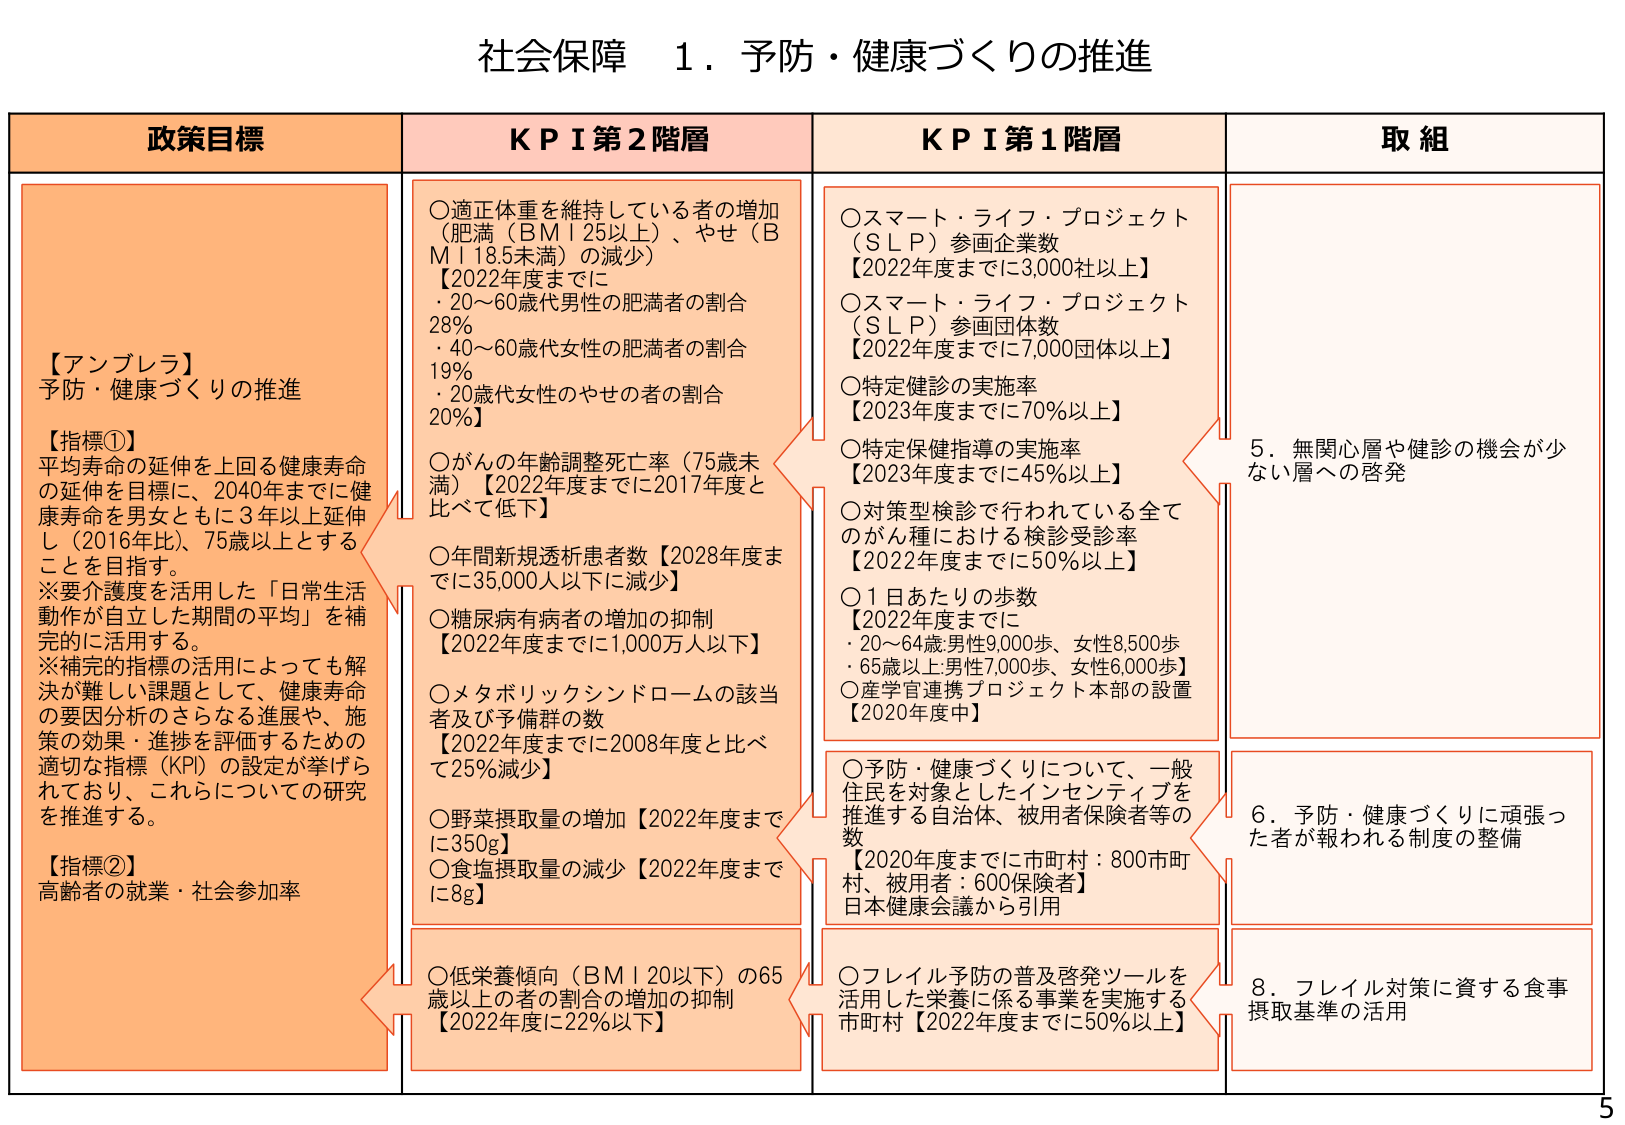
社会保障 1．予防・健康づくりの推進

政策目標
【アンブレラ】
予防・健康づくりの推進

【指標①】
平均寿命の延伸を上回る健康寿命の延伸を目標に、2040年までに健康寿命を男女ともに3年以上延伸し（2016年比）、75歳以上とする ことを目指す。
※要介護度を活用した「日常生活動作が自立した期間の平均」を補完的に活用する。
※補完的指標の活用によっても解決が難しい課題として、健康寿命の要因分析のさらなる進展や、施策の効果・進捗を評価するための適切な指標（KPI）の設定が挙げられており、これらについての研究を推進する。

【指標②】
高齢者の就業・社会参加率

KPI 第2階層
○適正体重を維持している者の増加（肥満（BMI 25以上）、やせ（BMI 18.5未満）の減少）
【2022年度までに
・20～60歳代男性の肥満者の割合 28％
・40～60歳代女性の肥満者の割合 19％
・20歳代女性のやせの者の割合 20％】

○がんの年齢調整死亡率（75歳未満）【2022年度までに2017年度と比べて低下】

○年間新規透析患者数【2028年度までに35,000人以下に減少】

○糖尿病有病者の増加の抑制【2022年度までに1,000万人以下】

○メタボリックシンドロームの該当者及び予備群の数【2022年度までに2008年度と比べて25％減少】

○野菜摂取量の増加【2022年度までに350g】

○食塩摂取量の減少【2022年度までに8g】

○低栄養傾向（BMI 20以下）の65歳以上の者の割合の増加の抑制【2022年度に22％以下】

KPI 第1階層
○スマート・ライフ・プロジェクト（SLP）参画企業数【2022年度までに3,000社以上】
○スマート・ライフ・プロジェクト（SLP）参画団体数【2022年度までに7,000団体以上】
○特定健診の実施率【2023年度までに70％以上】
○特定保健指導の実施率【2023年度までに45％以上】
○対策型検診で行われている全てのがん種における検診受診率【2022年度までに50％以上】
○1日あたりの歩数【2022年度までに
・20～64歳 男性9,000歩、女性8,500歩
・65歳以上 男性7,000歩、女性6,000歩】
○産学官連携プロジェクト本部の設置【2020年度中】

○予防・健康づくりについて、一般住民を対象としたインセンティブを推進する自治体、被用者保険者等の数【2020年度までに市町村：800市町村、被用者：600保険者】日本健康会議から引用

○フレイル予防の普及啓発ツールを活用した栄養に係る事業を実施する市町村【2022年度までに50％以上】

取組
5．無関心層や健診の機会が少ない層への啓発
6．予防・健康づくりに頑張った者が報われる制度の整備
8．フレイル対策に資する食事摂取基準の活用

5